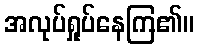
အလုပ်ရှုပ်နေကြ၏။